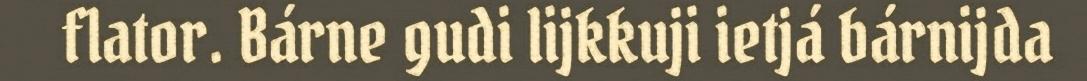
flator. Bárne gudi lijkkuji ietjá bárnijda